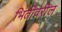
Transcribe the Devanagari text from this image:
भिंतींवरील